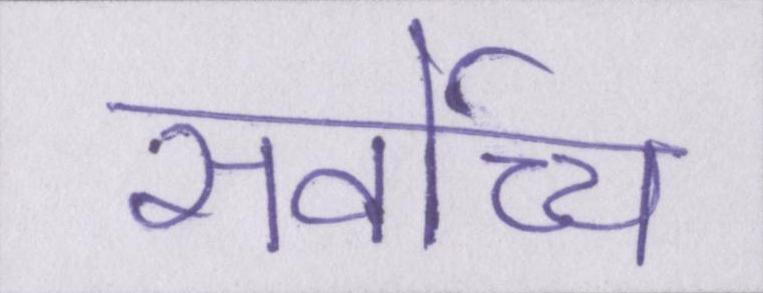
सर्वोच्च